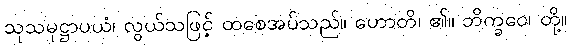
သုသမုဋ္ဌာပယံ၊ လွယ်သဖြင့် ထစေအပ်သည်။ ဟောတိ၊ ၏။ ဘိက္ခဝေ၊ တို့။